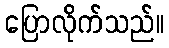
ပြောလိုက်သည်။